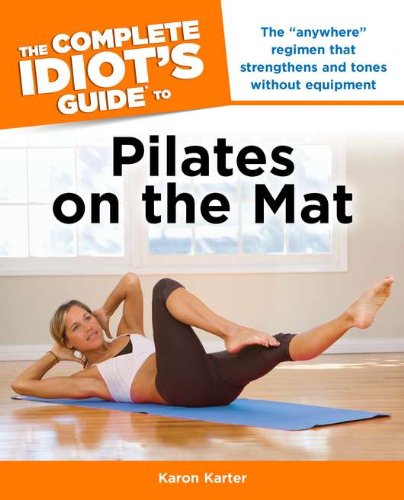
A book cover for The Complete Idiot's Guide to Pilates on the Mat (Idiot's Guides); Karon Karter; Health, Fitness & Dieting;